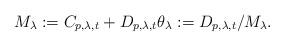
LaTeX: \begin{align*} M_{\lambda}: =C_{p,\lambda,t} + D_{p,\lambda,t} \theta_{\lambda} :=D_{p,\lambda,t}/M_{\lambda}. \end{align*}